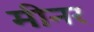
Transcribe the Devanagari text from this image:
मीनर